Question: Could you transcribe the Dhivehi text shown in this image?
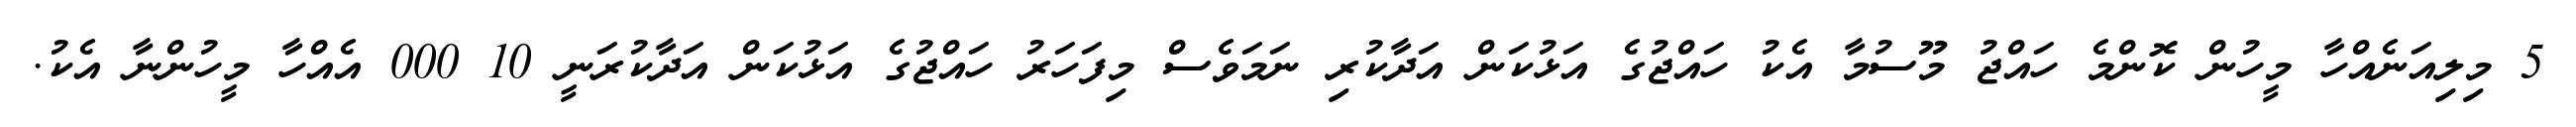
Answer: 5 މިލިއަނެއްހާ މީހުން ކޮންމެ ހައްޖު މޫސުމާ އެކު ހައްޖުގެ އަޅުކަން އަދާކުރި ނަމަވެސް މިފަހަރު ހައްޖުގެ އަޅުކަން އަދާކުރަނީ 10 000 އެއްހާ މީހުންނާ އެކު.